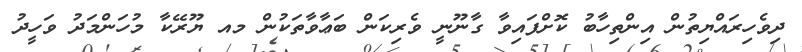
ދިވެހިރައްޔިތުން އިންތިހާބު ކޮށްފައިވާ ގާނޫނީ ވެރިކަން ބަޢާވާތަކުން މއ ޔޫރޭކާ މުހަންމަދު ވަހީދު